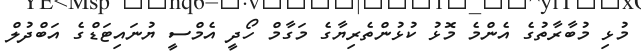
މުޅި މުބާރާތުގެ އެންމެ މޮޅު ކުޅުންތެރިޔާގެ މަގާމް ހޯދީ އެމްސީ ޔުނައިޓަޑްގެ އަބްދުލް